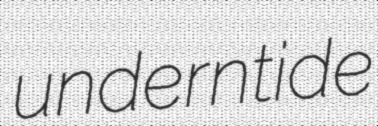
underntide